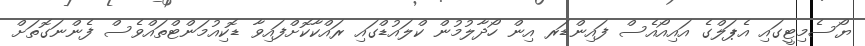
ޔޯސެމިޓީގައި އެޕަލްގެ އައިއޯއެސް ފައިންޑަރ އިން ހޯދާލުމުން ކްލައުޑްގައި ރައްކާކޮށްފައިވާ ޑޮކިއުމަންޓްތައްވެސް ފެންނަގޮތަށް